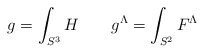
\begin{align*}g = \int_{S^3}H \quad \quad g^{\Lambda} = \int_{S^2}F^{\Lambda} \end{align*}